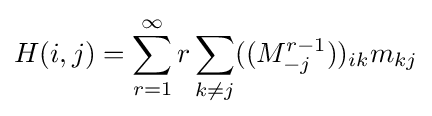
H(i,j)=\sum _{r=1}^{\infty }r\sum _{k\neq j}((M_{-j}^{r-1}))_{ik}m_{kj}